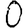
Digit: 0